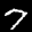
Label: 7